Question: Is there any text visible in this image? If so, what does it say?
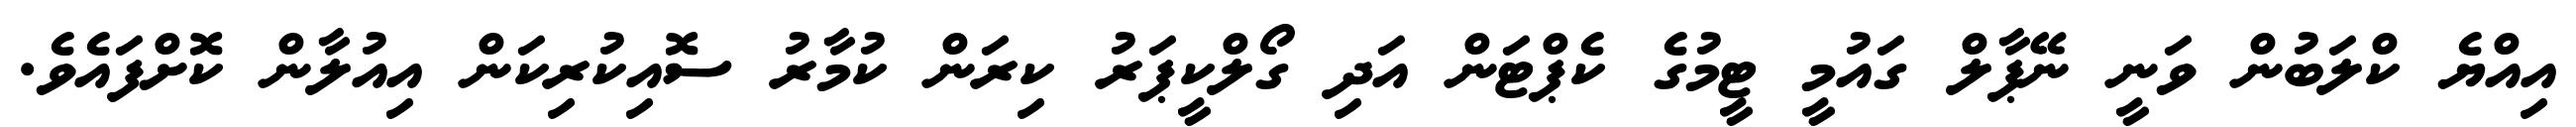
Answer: އިއްޔެ ކްލަބުން ވަނީ ނޭޕާލް ގައުމީ ޓީމުގެ ކެޕްޓަން އަދި ގޯލްކީޕަރު ކިރަން ކުމާރު ސޮއިކުރިކަން އިއުލާން ކޮށްފައެވެ.